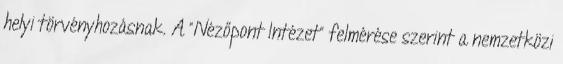
helyi törvényhozásnak. A "Nézőpont Intézet" felmérése szerint a nemzetközi